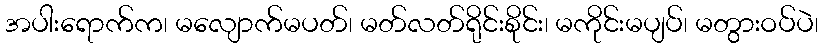
အပါးရောက်က၊ မလျောက်မပတ်၊ မတ်လတ်ရိုင်းစိုင်း၊ မကိုင်းမပျပ်၊ မတွားဝပ်ပဲ၊